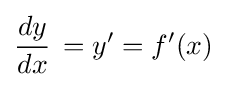
{\frac {dy}{dx}}\,=y'=f'(x)